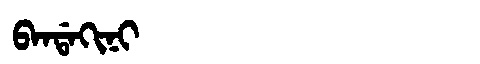
Manchu: ᠪᠠᠨᡩᠠᡴᡳᠨᡳ
Romanization: BANDAKINI